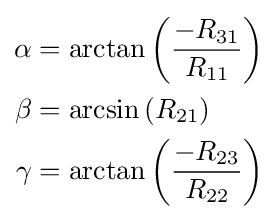
{\begin{aligned}\alpha &=\arctan \left({\frac {-R_{31}}{R_{11}}}\right)\\\beta &=\arcsin \left(R_{21}\right)\\\gamma &=\arctan \left({\frac {-R_{23}}{R_{22}}}\right)\end{aligned}}